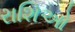
રાશિઓ